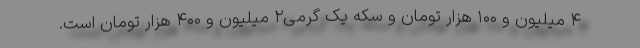
۴ میلیون و ۱۰۰ هزار تومان و سکه یک گرمی۲ میلیون و ۴۰۰ هزار تومان است.